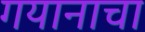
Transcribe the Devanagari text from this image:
गयानाचा